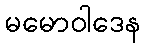
မမောဝါဒေန